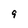
Character: 9